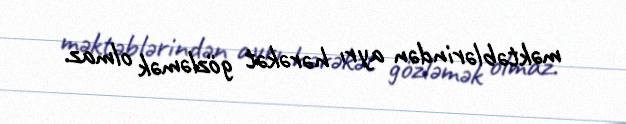
məktəblərindən ayrı hərəkət gözləmək olmaz.